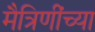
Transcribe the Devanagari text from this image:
मैत्रिणींच्या